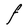
Character: F